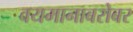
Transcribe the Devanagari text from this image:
वयमानाबरोबर